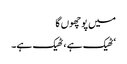
میں پوچھوں گا
‘ٹھیک ہے ، ٹھیک ہے۔